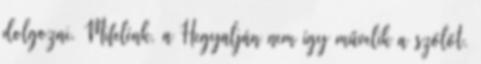
dolgozni. Mifelénk, a Hegyalján nem így művelik a szőlőt.